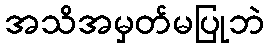
အသိအမှတ်မပြုဘဲ